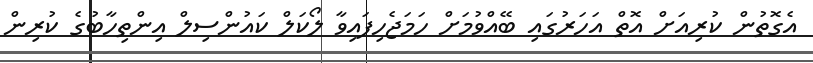
އެގޮތުން ކުރިއަށް އޮތް އަހަރުގައި ބޭއްވުމަށް ހަމަޖެހިފައިވާ ލޯކަލް ކައުންސިލް އިންތިހާބުގެ ކުރިން